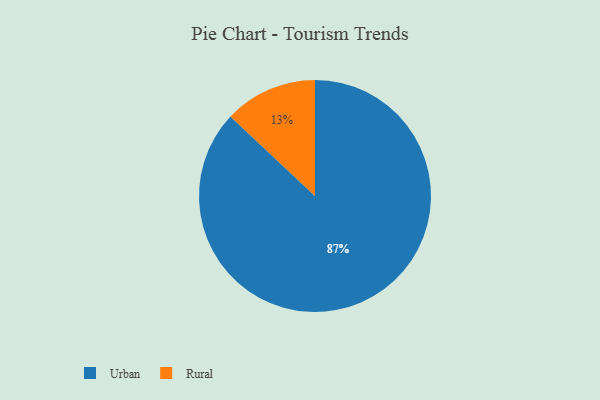
{"axis": {"x": "Category", "y": "Percentage"}, "legend": ["Rural", "Urban"], "data": [{"x": "Rural", "y": 13, "type": "Rural"}, {"x": "Urban", "y": 87, "type": "Urban"}]}